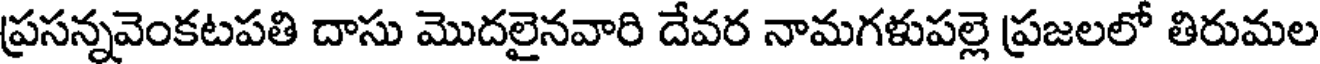
ప్రసన్నవెంకటపతి దాసు మొదలైనవారి దేవర నామగళుపల్లె ప్రజలలో తిరుమల